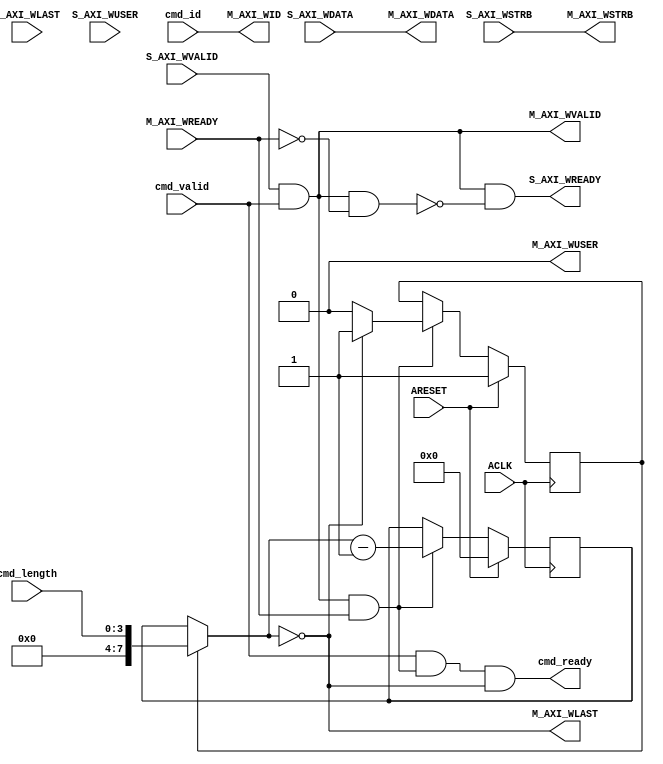
module axi_protocol_converter_v2_1_13_w_axi3_conv #
  (
   parameter C_FAMILY                            = "none",
   parameter integer C_AXI_ID_WIDTH              = 1,
   parameter integer C_AXI_ADDR_WIDTH            = 32,
   parameter integer C_AXI_DATA_WIDTH            = 32,
   parameter integer C_AXI_SUPPORTS_USER_SIGNALS = 0,
   parameter integer C_AXI_WUSER_WIDTH           = 1,
   parameter integer C_SUPPORT_SPLITTING              = 1,
   parameter integer C_SUPPORT_BURSTS                 = 1
   )
  (
   input wire ACLK,
   input wire ARESET,
   input  wire                              cmd_valid,
   input  wire [C_AXI_ID_WIDTH-1:0]         cmd_id,
   input  wire [4-1:0]                      cmd_length,
   output wire                              cmd_ready,
   input  wire [C_AXI_DATA_WIDTH-1:0]   S_AXI_WDATA,
   input  wire [C_AXI_DATA_WIDTH/8-1:0] S_AXI_WSTRB,
   input  wire                          S_AXI_WLAST,
   input  wire [C_AXI_WUSER_WIDTH-1:0]  S_AXI_WUSER,
   input  wire                          S_AXI_WVALID,
   output wire                          S_AXI_WREADY,
   output wire [C_AXI_ID_WIDTH-1:0]     M_AXI_WID,
   output wire [C_AXI_DATA_WIDTH-1:0]   M_AXI_WDATA,
   output wire [C_AXI_DATA_WIDTH/8-1:0] M_AXI_WSTRB,
   output wire                          M_AXI_WLAST,
   output wire [C_AXI_WUSER_WIDTH-1:0]  M_AXI_WUSER,
   output wire                          M_AXI_WVALID,
   input  wire                          M_AXI_WREADY
   );
  reg                             first_mi_word = 1'b0;
  reg  [8-1:0]                    length_counter_1;
  reg  [8-1:0]                    length_counter;
  wire [8-1:0]                    next_length_counter;
  wire                            last_beat;
  wire                            last_word;
  wire                            cmd_ready_i;
  wire                            pop_mi_data;
  wire                            mi_stalling;
  wire                            S_AXI_WREADY_I;
  wire [C_AXI_ID_WIDTH-1:0]       M_AXI_WID_I;
  wire [C_AXI_DATA_WIDTH-1:0]     M_AXI_WDATA_I;
  wire [C_AXI_DATA_WIDTH/8-1:0]   M_AXI_WSTRB_I;
  wire                            M_AXI_WLAST_I;
  wire [C_AXI_WUSER_WIDTH-1:0]    M_AXI_WUSER_I;
  wire                            M_AXI_WVALID_I;
  wire                            M_AXI_WREADY_I;
  assign S_AXI_WREADY_I = S_AXI_WVALID & cmd_valid & ~mi_stalling;
  assign S_AXI_WREADY   = S_AXI_WREADY_I;
  assign M_AXI_WVALID_I = S_AXI_WVALID & cmd_valid;
  assign pop_mi_data    = M_AXI_WVALID_I & M_AXI_WREADY_I;
  assign cmd_ready_i    = cmd_valid & pop_mi_data & last_word;
  assign cmd_ready      = cmd_ready_i;
  assign mi_stalling    = M_AXI_WVALID_I & ~M_AXI_WREADY_I;
  always @ *
  begin
    if ( first_mi_word )
      length_counter = cmd_length;
    else
      length_counter = length_counter_1;
  end
  assign next_length_counter = length_counter - 1'b1;
  always @ (posedge ACLK) begin
    if (ARESET) begin
      first_mi_word    <= 1'b1;
      length_counter_1 <= 4'b0;
    end else begin
      if ( pop_mi_data ) begin
        if ( M_AXI_WLAST_I ) begin
          first_mi_word    <= 1'b1;
        end else begin
          first_mi_word    <= 1'b0;
        end
        length_counter_1 <= next_length_counter;
      end
    end
  end
  assign last_beat = ( length_counter == 4'b0 );
  assign last_word = ( last_beat ) |
                     ( C_SUPPORT_BURSTS == 0 );
  assign M_AXI_WUSER_I  = ( C_AXI_SUPPORTS_USER_SIGNALS ) ? S_AXI_WUSER : {C_AXI_WUSER_WIDTH{1'b0}};
  assign M_AXI_WDATA_I  = S_AXI_WDATA;
  assign M_AXI_WSTRB_I  = S_AXI_WSTRB;
  assign M_AXI_WID_I    = cmd_id;
  assign M_AXI_WLAST_I  = last_word;
  assign M_AXI_WID      = M_AXI_WID_I;
  assign M_AXI_WDATA    = M_AXI_WDATA_I;
  assign M_AXI_WSTRB    = M_AXI_WSTRB_I;
  assign M_AXI_WLAST    = M_AXI_WLAST_I;
  assign M_AXI_WUSER    = M_AXI_WUSER_I;
  assign M_AXI_WVALID   = M_AXI_WVALID_I;
  assign M_AXI_WREADY_I = M_AXI_WREADY;
endmodule